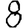
Digit: 8